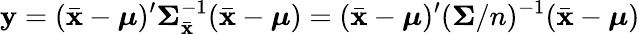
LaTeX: \mathbf{y}=({\bar{\mathbf{x}}}-{\boldsymbol{\mu}})^{\prime}{\mathbf{\Sigma}}_{\bar{\mathbf{x}}}^{-1}({\bar{\mathbf{x}}}-{\boldsymbol{\mathbf{\mu}}})=({\bar{\mathbf{x}}}-{\boldsymbol{\mu}})^{\prime}({\mathbf{\Sigma}}/n)^{-1}({\bar{\mathbf{x}}}-{\boldsymbol{\mathbf{\mu}}})